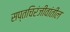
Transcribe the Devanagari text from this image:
सप्तचिरंजीवांतील